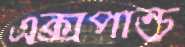
এক্সপান্ড